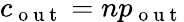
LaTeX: c_{\mathrm{~o~u~t~}}=np_{\mathrm{~o~u~t~}}